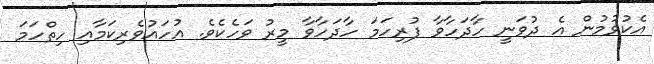
އެކުވުމުން އެ ދުވަނީ ހާދަހާވާ ފުރިހަމަ ހާދަހާވާ މީރު ވަހެކެވެ. އުހައުވެރިކަމާއި ހިތްހަމަ